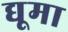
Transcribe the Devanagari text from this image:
द्यूमा